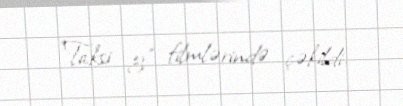
"Taksi 3" filmlərində çəkildi.